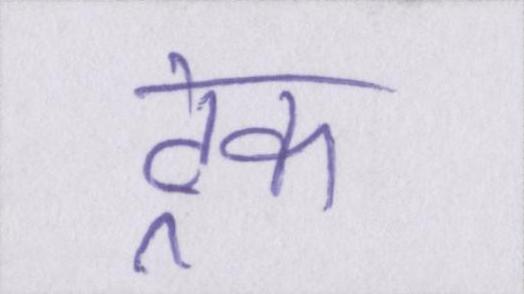
ट्रेक